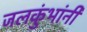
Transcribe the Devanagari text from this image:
जलकुंभांनी